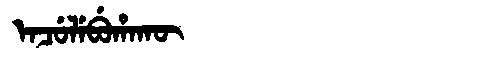
Manchu: ᡝᠨᠴᡠᠯᡝᠪᡠᡥᠠᡴᡡ
Romanization: ENCULEBUHAKŪ